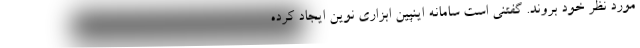
مورد نظر خود بروند. گفتنی است سامانه اینپین ابزاری نوین ایجاد کرده